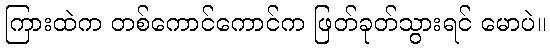
ကြားထဲက တစ်ကောင်ကောင်က ဖြတ်ခုတ်သွားရင် မောပဲ။